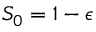
S _ { 0 } = 1 - \epsilon